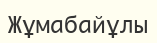
Жұмабайұлы